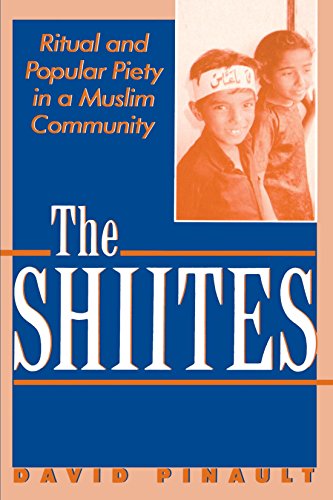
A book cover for The Shiites; David Pinault; Religion & Spirituality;